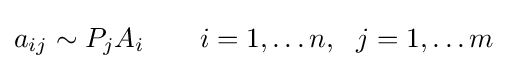
a_{ij}\sim P_{j}A_{i}\qquad i=1,\ldots n,~~j=1,\ldots m